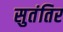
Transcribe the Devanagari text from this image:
सुतंतिर